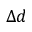
\Delta d